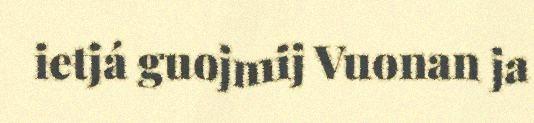
ietjá guojmij Vuonan ja